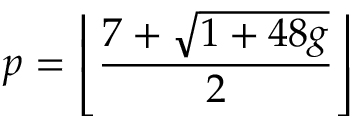
p = \left\lfloor { \frac { 7 + { \sqrt { 1 + 4 8 g } } } { 2 } } \right\rfloor